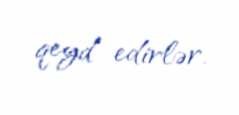
qeyd edirlər.